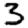
Digit: 3